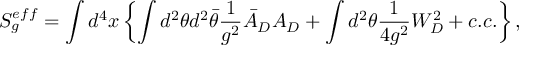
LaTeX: S _ { g } ^ { e f f } = \int d ^ { 4 } x \left\{ \int d ^ { 2 } \theta d ^ { 2 } \bar { \theta } \frac 1 { g ^ { 2 } } \bar { A } _ { D } A _ { D } + \int d ^ { 2 } \theta \frac 1 { 4 g ^ { 2 } } W _ { D } ^ { 2 } + c . c . \right\} ,